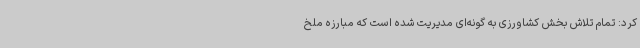
کرد: تمام تلاش بخش کشاورزی به گونه‌ای مدیریت شده است که مبارزه ملخ